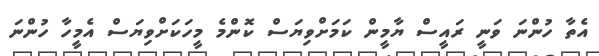
އެތާ ހުންނަ ވަނީ ރައީސް ޔާމީން ކަމަށްވިޔަސް ކޮންމެ މީހަކަށްވިޔަސް އެމީހާ ހުންނަ